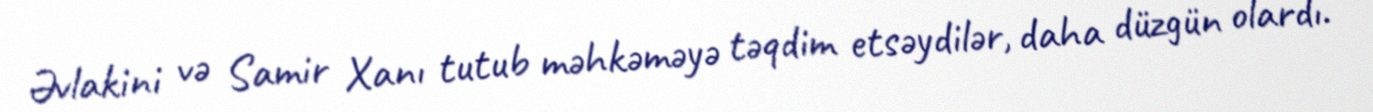
Əvlakini və Samir Xanı tutub məhkəməyə təqdim etsəydilər, daha düzgün olardı.